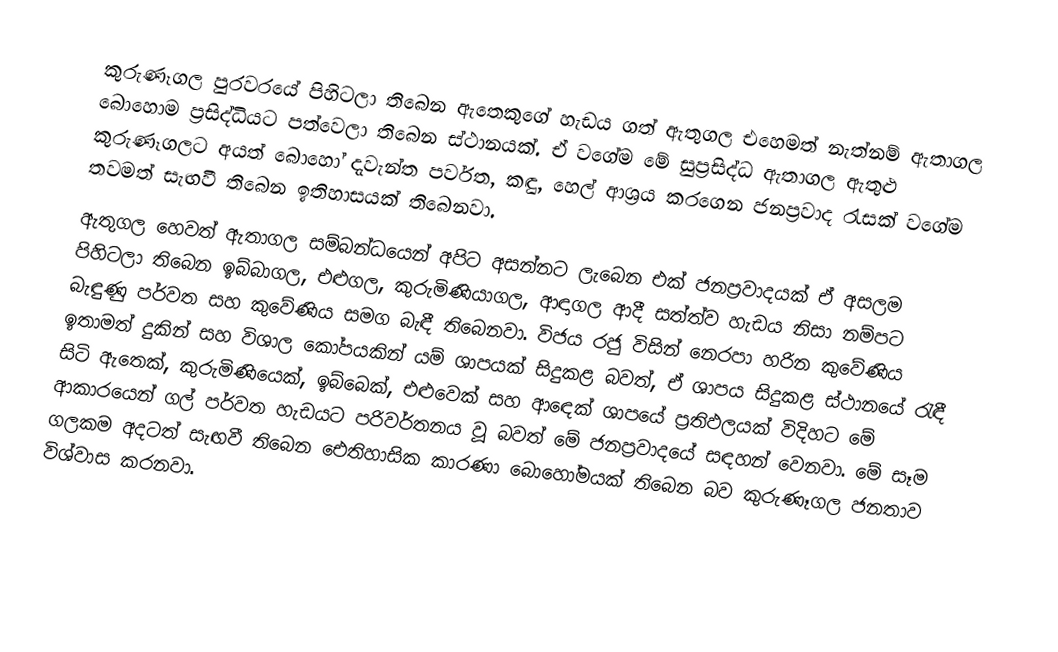
කුරුණෑගල පුරවරයේ පිහිටලා තිබෙන ඇතෙකුගේ හැඩය ගත් ඇතුගල එහෙමත් නැත්නම් ඇතාගල බොහොම ප්‍රසිද්ධියට පත්වෙලා තිබෙන ස්ථානයක්. ඒ වගේම මේ සුප්‍රසිද්ධ ඇතාගල ඇතුළු කුරුණෑගලට අයත් බොහෝ දැවැන්ත පර්වත, කඳු, හෙල් ආශ්‍රය කරගෙන ජනප්‍රවාද රැසක් වගේම තවමත් සැඟවී තිබෙන ඉතිහාසයක් තිබෙනවා.
ඇතුගල හෙවත් ඇතාගල සම්බන්ධයෙන් අපිට අසන්නට ලැබෙන එක් ජනප්‍රවාදයක් ඒ අසලම පිහිටලා තිබෙන ඉබ්බාගල, එළුගල, කුරුමිණියාගල, ආඳාගල ආදී සත්ත්ව හැඩය නිසා නම්පට බැඳුණු පර්වත සහ කුවේණිය සමග බැඳී තිබෙනවා. විජය රජු විසින් නෙරපා හරින කුවේණිය ඉතාමත් දුකින් සහ විශාල කෝපයකින් යම් ශාපයක් සිදුකළ බවත්, ඒ ශාපය සිදුකළ ස්ථානයේ රැඳී සිටි ඇතෙක්, කුරුමිණියෙක්, ඉබ්බෙක්, එළුවෙක් සහ ආඳෙක් ශාපයේ ප්‍රතිඵලයක් විදිහට මේ ආකාරයෙන් ගල් පර්වත හැඩයට පරිවර්තනය වූ බවත් මේ ජනප්‍රවාදයේ සඳහන් වෙනවා. මේ සෑම ගලකම අදටත් සැඟවී තිබෙන ඓතිහාසික කාරණා බොහෝමයක් තිබෙන බව කුරුණෑගල ජනතාව විශ්වාස කරනවා.